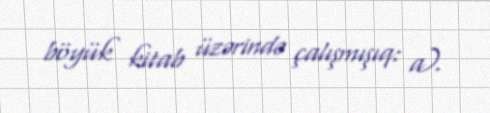
böyük kitab üzərində çalışmışıq: a).